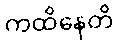
ကထိနေတိ